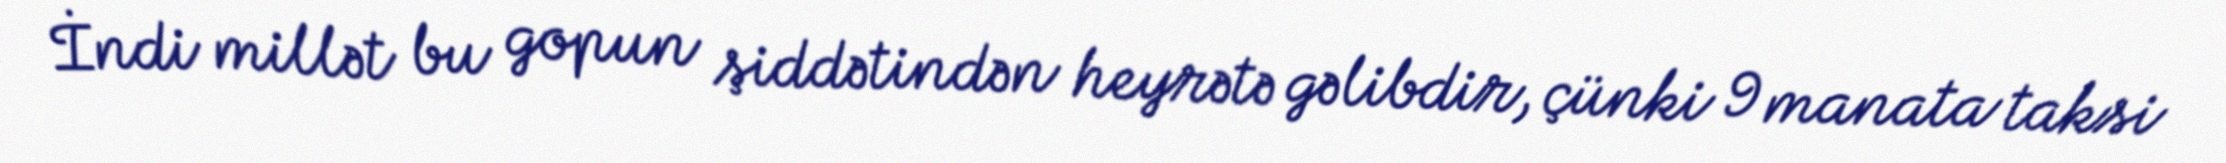
İndi millət bu gopun şiddətindən heyrətə gəlibdir, çünki 9 manata taksi